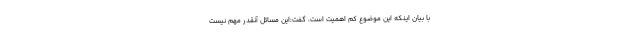
با بیان اینکه این موضوع کم اهمیت است، گفت:این مسائل آنقدر مهم نیست